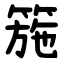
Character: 箷